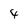
Character: 4